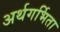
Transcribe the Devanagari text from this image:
अर्थगर्भिता